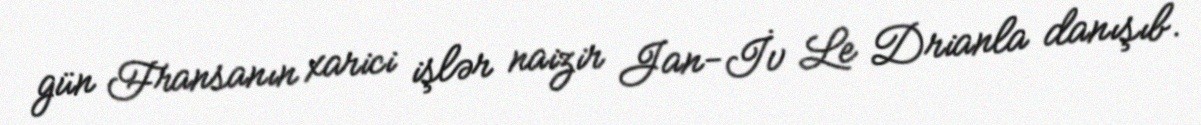
gün Fransanın xarici işlər naizir Jan-İv Le Drianla danışıb.